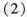
(2)